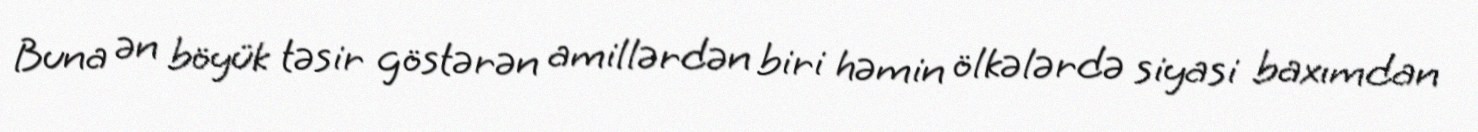
Buna ən böyük təsir göstərən amillərdən biri həmin ölkələrdə siyasi baxımdan